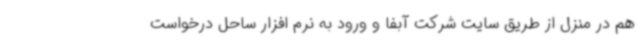
هم در منزل از طریق سایت شرکت آبفا و ورود به نرم افزار ساحل درخواست